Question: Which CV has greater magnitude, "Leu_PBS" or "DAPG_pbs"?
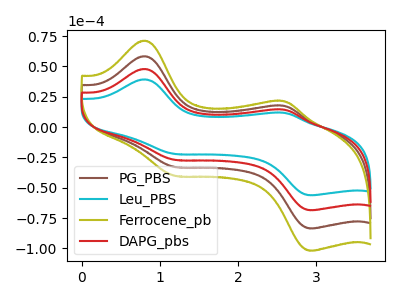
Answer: <think>The brown curve "PG_PBS" has anodic peaks at (0.80V, 95.75uA) (2.60V, 28.65uA) and cathodic peaks at (1.20V, -53.70uA) (2.90V, -136.95uA). The cyan curve "Leu_PBS" has anodic peaks at (0.80V, 39.25uA) (2.60V, 11.75uA) and cathodic peaks at (1.20V, -22.00uA) (2.90V, -56.15uA). The olive curve "Ferrocene_pb" has anodic peaks at (0.80V, 143.60uA) (2.60V, 43.00uA) and cathodic peaks at (1.20V, -80.55uA) (2.90V, -205.45uA). The red curve "DAPG_pbs" has anodic peaks at (0.80V, 47.85uA) (2.60V, 14.35uA) and cathodic peaks at (1.20V, -26.85uA) (2.90V, -68.50uA).
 All the peaks in "Leu_PBS" have a peak in "DAPG_pbs" at the same potential. Every peak in "Leu_PBS" is lower than every peak in "DAPG_pbs".</think>
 <answer>"Leu_PBS" has less signal than "DAPG_pbs".</answer>
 <eval>less_signal</eval>